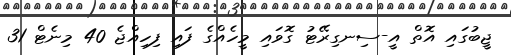
ޖީބުގައި އޮތް އީ-ސިނގިރޭޓު ގޮވައި މީހެއްގެ ފައި ފިހިއްޖެ 40 މިނެޓް 31